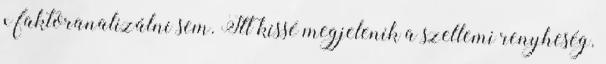
x faktoranalizálni sem. Itt kissé megjelenik a szellemi renyheség.